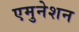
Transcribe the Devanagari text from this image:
एमुनेशन